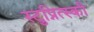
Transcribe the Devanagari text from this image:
स्टुप्नित्स्की